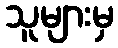
သူများမှ